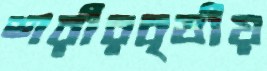
শরীরবৃত্তীয়